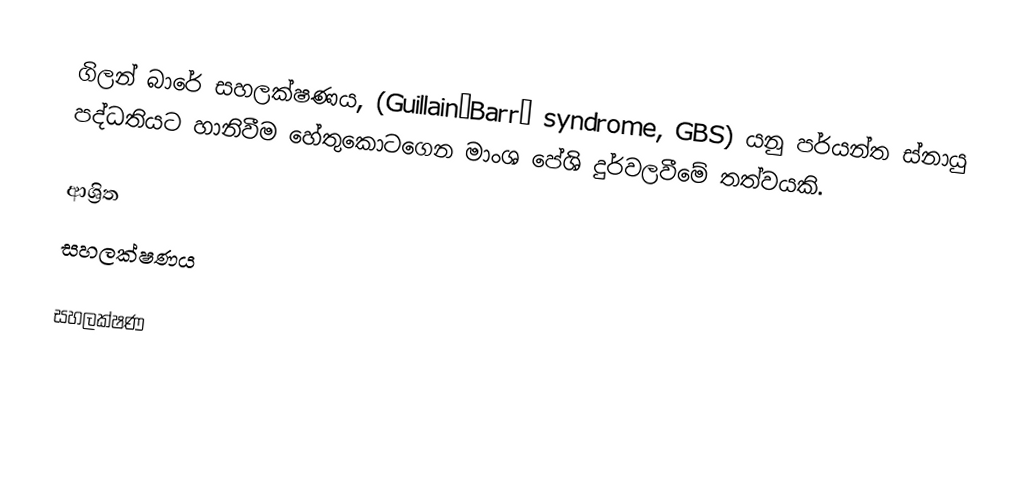
ගිලන් බාරේ සහලක්ෂණය, (Guillain–Barré syndrome, GBS) යනු පර්යන්ත ස්නායු පද්ධතියට හානිවීම හේතුකොටගෙන මාංශ පේශි දුර්වලවීමේ තත්වයකි.

ආශ්‍රිත
 සහලක්ෂණය

සහලක්ෂණ